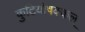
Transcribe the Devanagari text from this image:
कुटियोषक्कल्